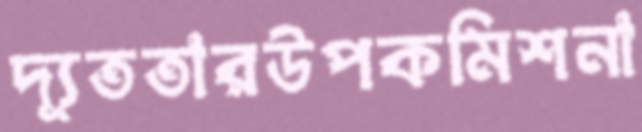
দ্যূততারউপকমিশনা